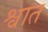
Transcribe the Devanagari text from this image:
श्वात